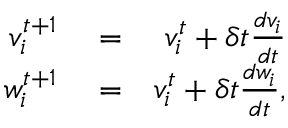
\begin{array} { r l r } { v _ { i } ^ { t + 1 } } & { { } = } & { v _ { i } ^ { t } + \delta t \frac { d v _ { i } } { d t } } \\ { w _ { i } ^ { t + 1 } } & { { } = } & { v _ { i } ^ { t } + \delta t \frac { d w _ { i } } { d t } , } \end{array}